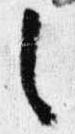
之